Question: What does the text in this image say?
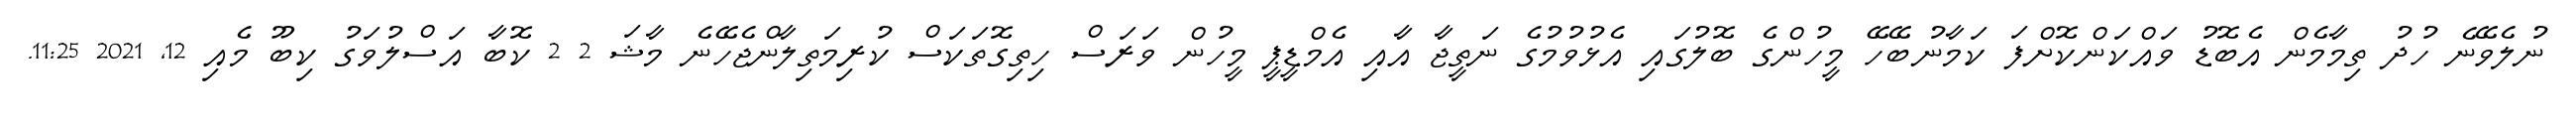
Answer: ނުލެވޭނެ ހުދު ތިމާމެން އެބޮޑު ވައްކަންކޮށްފަ ކަމާނުބޭހޭ މީހުންގެ ބޮލުގައި އެޅުވުމުގެ ނަތީޖާ އާއި އެމްޑީޕީ މީހުން ވަރަސް ހިތިގޮތަކަސް ކުރިމަތިލާންޖެހޭނެ މާޝަ 2 2 ކޮބާ އަސްލުވަގު ކިބޫ މެއި 12, 2021 11:25.